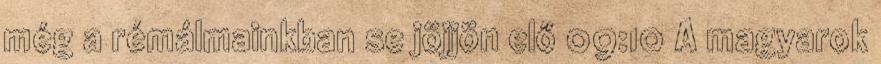
még a rémálmainkban se jöjjön elő 09:10 A magyarok